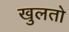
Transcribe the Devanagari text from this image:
खुलतो